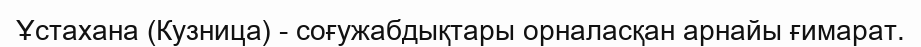
Ұстахана (Кузница) - соғужабдықтары орналасқан арнайы ғимарат.